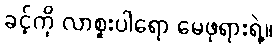
ခင့်ကို လာစူးပါရော မေဖုရားရဲ့။